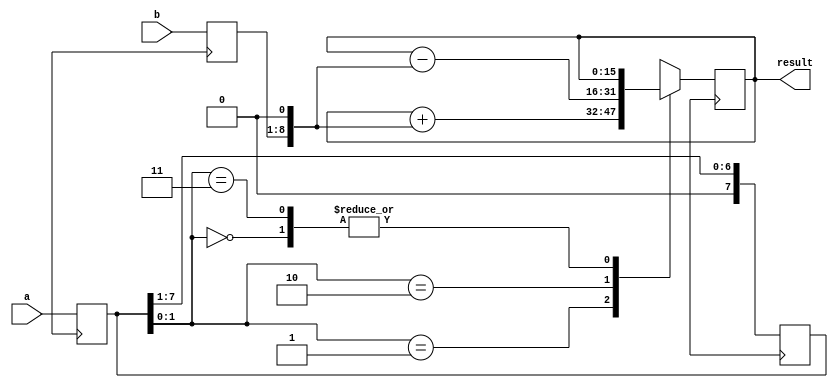
module booth_multiplier(
  input [7:0] a,
  input [7:0] b,
  output reg [15:0] result
);

reg [7:0] multiplier;
reg [7:0] multiplicand;

// Initialize multiplier and multiplicand
always @ (posedge rst) begin
  multiplier <= a;
  multiplicand <= b;
end

// Arithmetic blocks using Booth encoding algorithm
always @ (posedge clk) begin
  case (multiplier[1:0])
    2'b00: begin
      result <= result;
    end
    2'b01: begin
      result <= result + (multiplicand << 1);
    end
    2'b10: begin
      result <= result - (multiplicand << 1);
    end
    2'b11: begin
      result <= result;
    end
  endcase
  // Shift multiplier to the right by 1 bit
  multiplier <= {1'b0, multiplier[7:1]};
end

endmodule